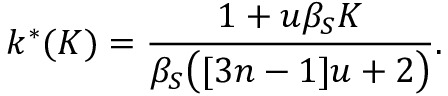
k ^ { * } ( K ) = \frac { 1 + u \beta _ { S } K } { \beta _ { S } \big ( [ 3 n - 1 ] u + 2 \big ) } .